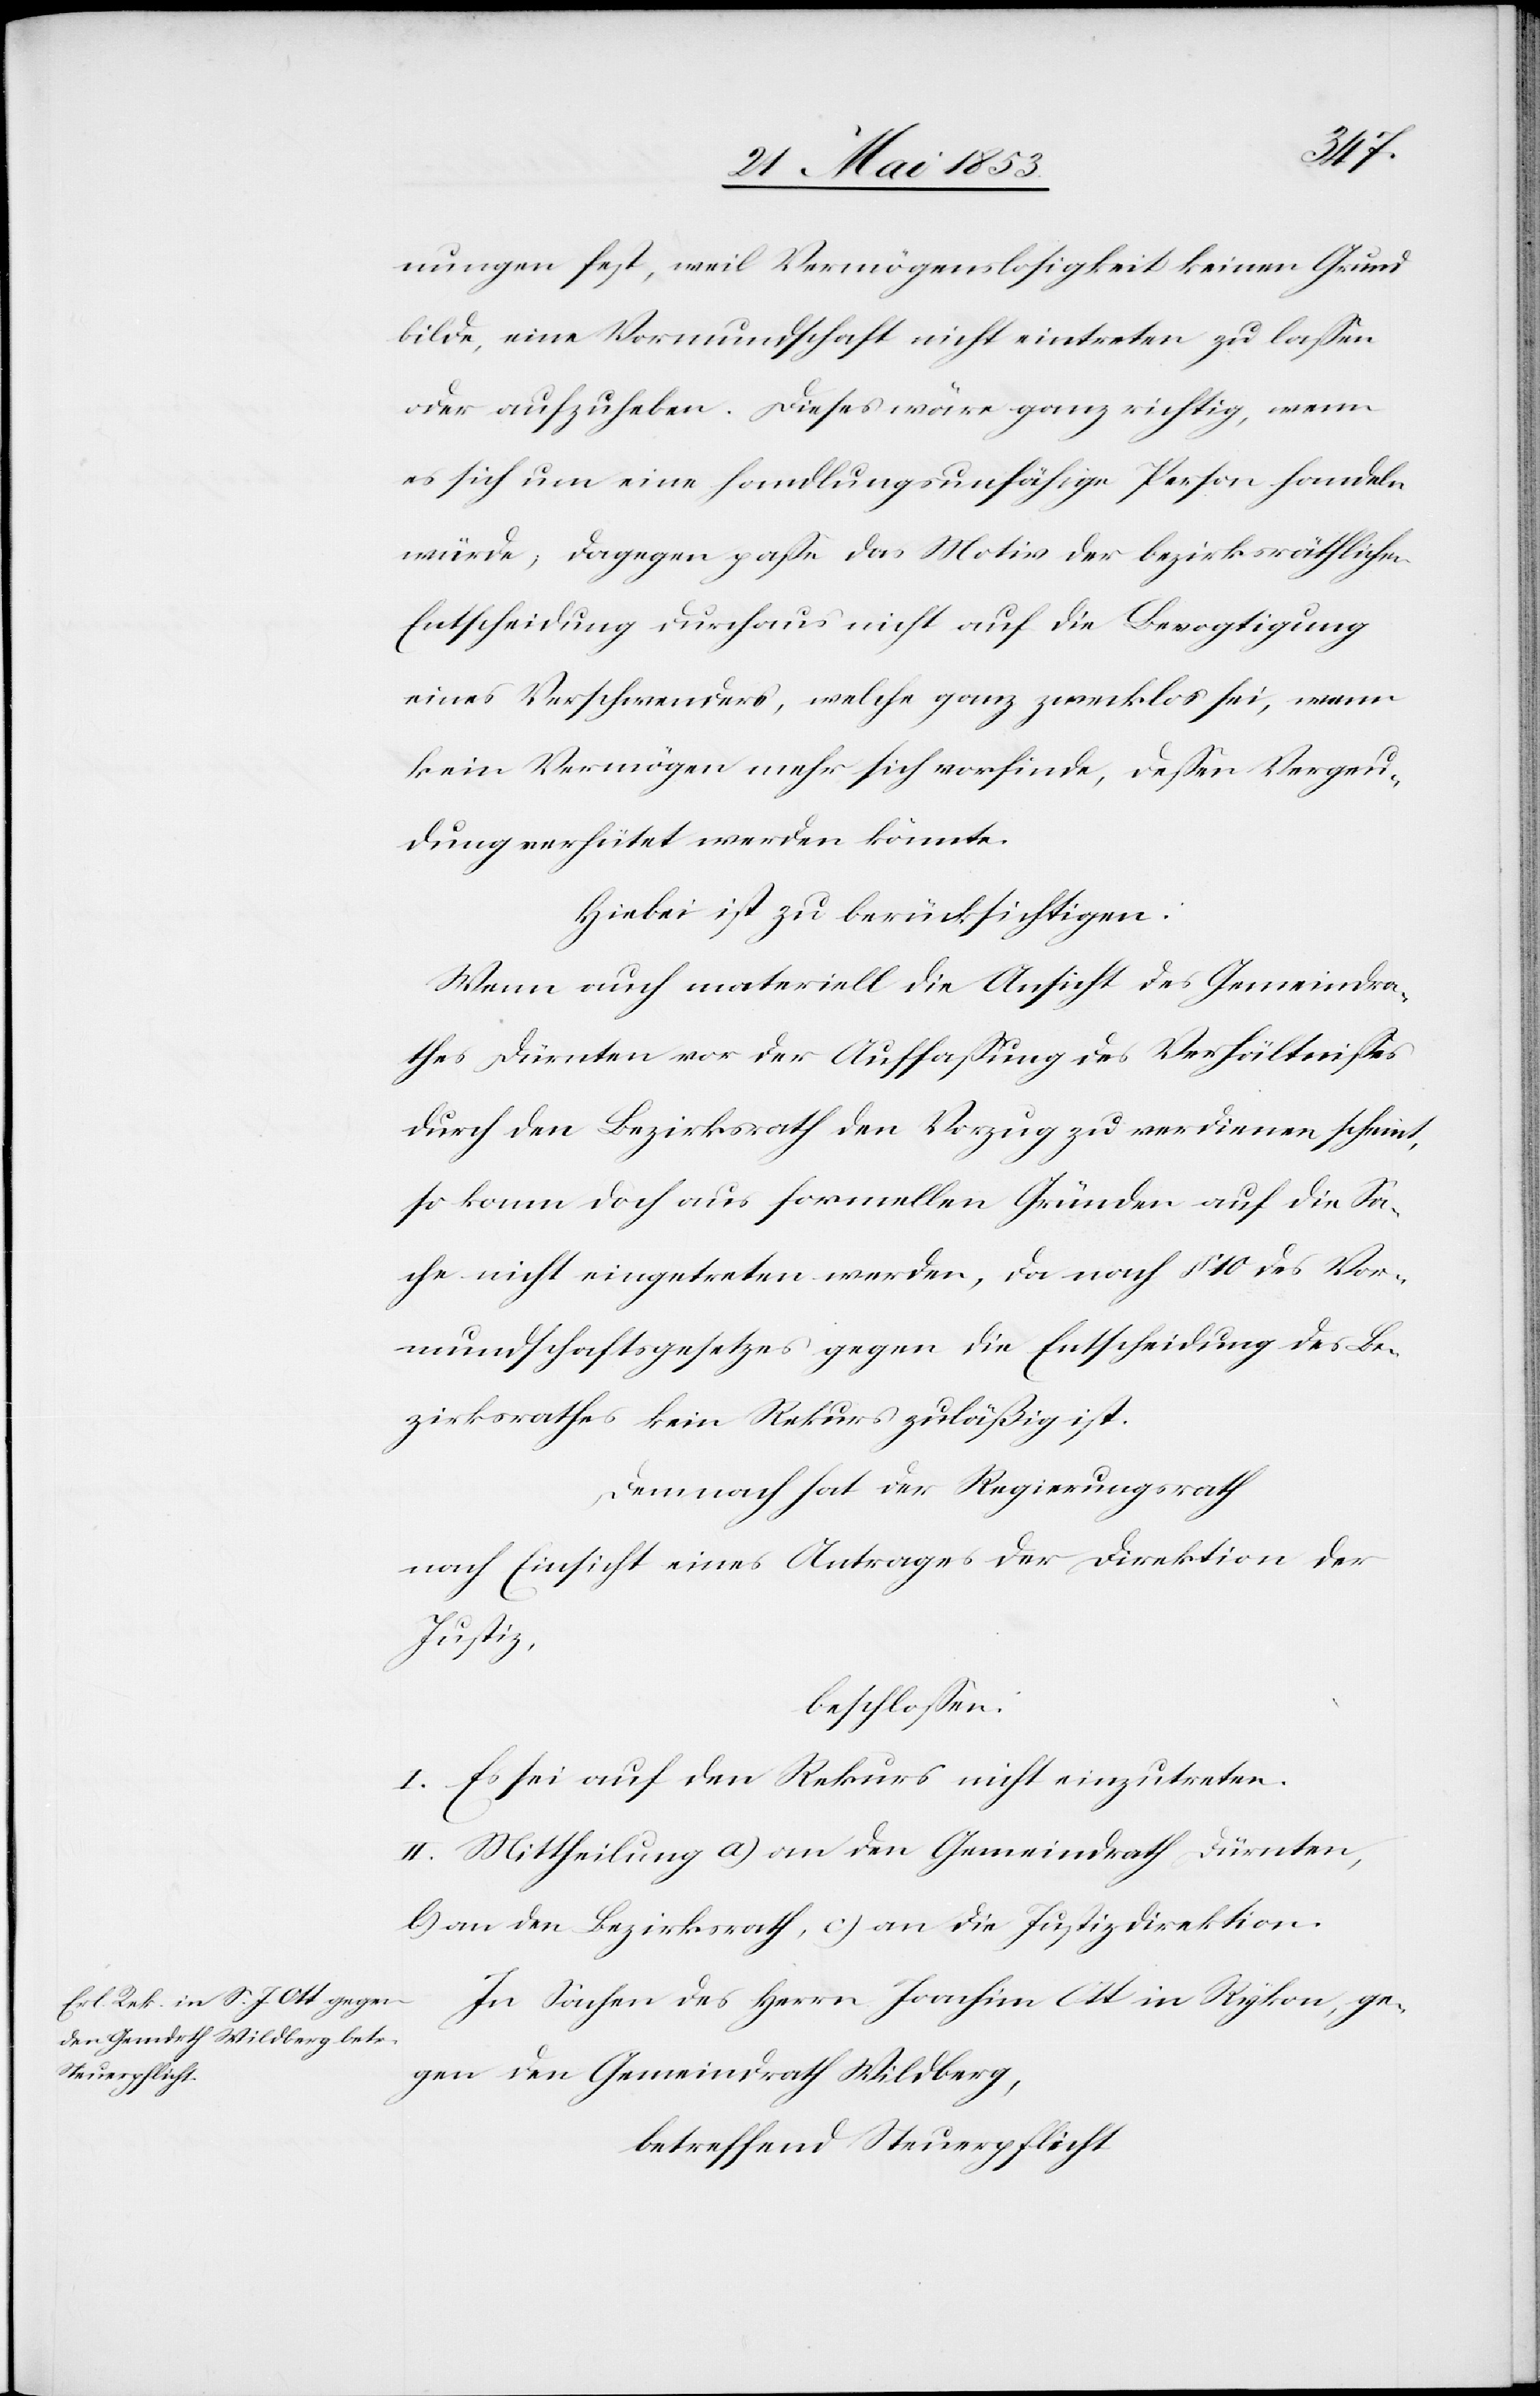
nungen fest, weil Vermögenslosigkeit keinen Grund
bilde, eine Vormundschaft nicht eintreten zu laßen
oder aufzuheben. Dieses wäre ganz richtig, wenn
es sich um eine handlungsunfähige Person handeln
würde, dagegen paße das Motiv der bezirksräthlichen
Entscheidung durchaus nicht auf die Bevogtigung
eines Verschwenders, welche ganz zwecklos sei, wenn
kein Vermögen mehr sich vorfinde, deßen Vergeu¬
dung verhütet werden könnte.
Hiebei ist zu berücksichtigen:
Wenn nun materiell die Ansicht des Gemeindra¬
thes Dürnten vor der Auffaßung des Verhältnißes
durch den Bezirksrath den Vorzug zu verdienen scheint,
so komme doch aus formellen Gründen auf die Sa¬
che nicht eingetreten werden, da nach § 10 des Vor¬
mundschaftsgesetzes gegen die Entscheidung des Be¬
zirksrathes kein Rekurs zuläßig ist.
Demnach hat der Regierungsrath
nach Einsicht eines Antrages der Direktion der
Justiz,
beschloßen:
I. Es sei auf den Rekurs nicht einzutreten.
II. Mittheilung a) an den Gemeindrath Dürnten,
b) an den Bezirksrath, c) an die Justizdirektion.
In Sachen des Herrn Joachim Ott in Rykon, ge¬
gen den Gemeindrath Wildberg,
betreffend Steuerpflicht